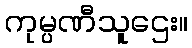
ကုမ္ပဏီသူဌေး။